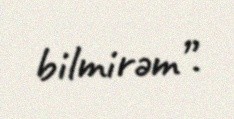
bilmirəm”.